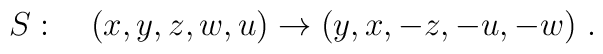
S:\quad (x,y,z,w,u)\to(y,x,-z,-u,-w)~.